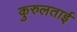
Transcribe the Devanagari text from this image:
कुरुलताई